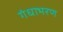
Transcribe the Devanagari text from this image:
गंधाभरण